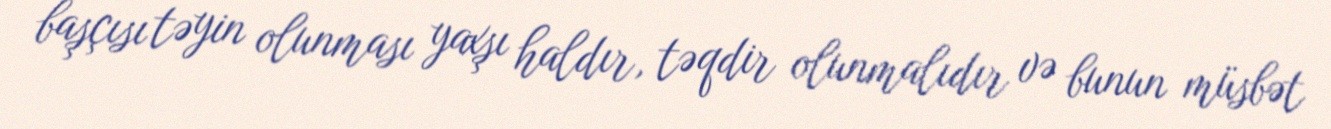
başçısı təyin olunması yaxşı haldır, təqdir olunmalıdır və bunun müsbət